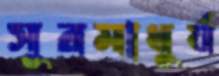
সুরমাধুর্য